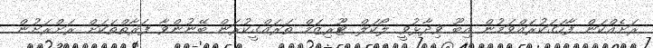
ރަށެއްކަން ފާހަގަކުރައްވަމުން އިބޫ ވިދާޅުވީ ލޯކަލް ޓޫރިޒަމް ތަރައްގީކުރަން ބޭނުންވާ ފަރާތްތަކަށް ރަށްރަށުން